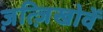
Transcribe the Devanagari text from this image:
ज़त्ज़िखोवें